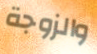
والزوجة